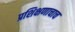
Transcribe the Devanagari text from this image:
प्रशिक्षणाचाच